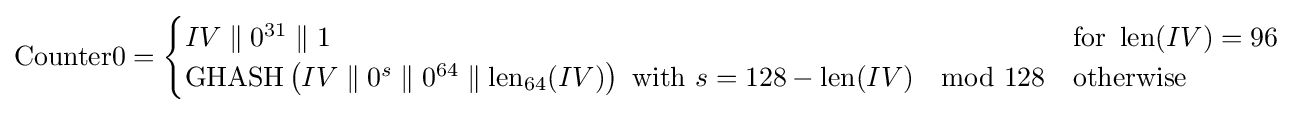
\mathrm {Counter0} ={\begin{cases}IV\parallel 0^{31}\parallel 1&{\text{for }}\operatorname {len} (IV)=96\\\operatorname {GHASH} \left(IV\parallel 0^{s}\parallel 0^{64}\parallel \operatorname {len} _{64}(IV)\right){\text{ with }}s=128-\operatorname {len} (IV)\mod 128&{\text{otherwise}}\end{cases}}